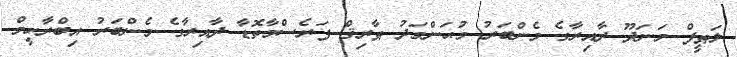
ލަޠީފް މަނަދޫ ދާއިރާގެ މެންބަރު މުޙަންމަދު ޠާރިޤް ފަރެސްމާތޮޑާ ދާއިރާގެ މެންބަރު އިބްރާހީމް